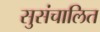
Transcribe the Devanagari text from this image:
सुसंचालित